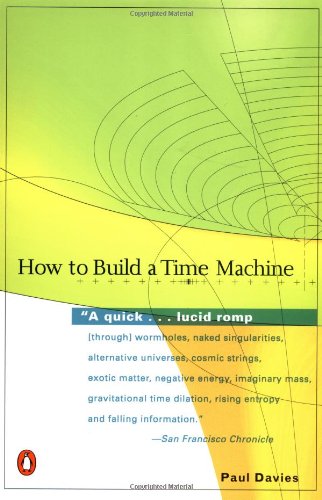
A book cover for How to Build a Time Machine; Paul Davies; Science & Math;